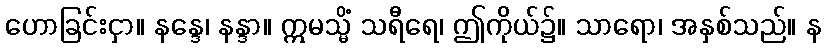
ဟောခြင်းငှာ။ နန္ဒေ၊ နန္ဒာ။ ဣမသ္မိံ သရီရေ၊ ဤကိုယ်၌။ သာရော၊ အနှစ်သည်။ န